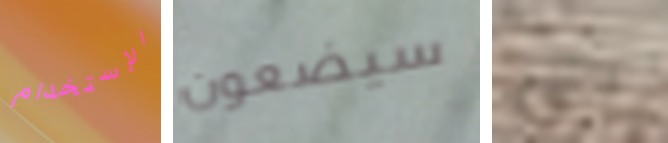
الإستخدام سيضعون الى